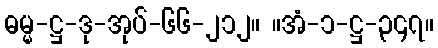
ဓမ္မ-ဋ္ဌ-ဒု-အုပ်-၆၆-၂၁၂။ ။အံ-၁-ဋ္ဌ-၃၄၇။